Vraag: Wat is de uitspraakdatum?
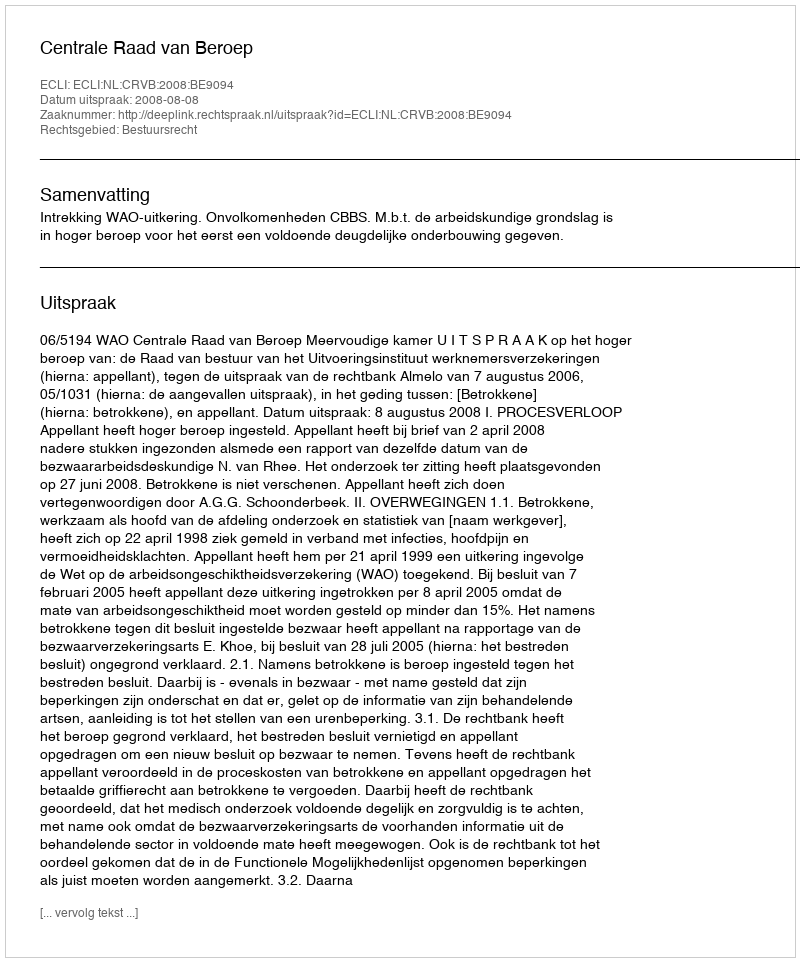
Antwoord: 2008-08-08